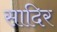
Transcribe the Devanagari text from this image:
सादिर